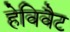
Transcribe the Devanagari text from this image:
हेविवैट